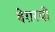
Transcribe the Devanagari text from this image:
बेरारची